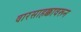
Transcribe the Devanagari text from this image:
वारसाहक्कावरून